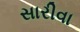
સારીવા